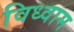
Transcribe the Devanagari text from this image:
विध्वाम